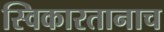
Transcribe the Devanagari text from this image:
स्विकारतानाच